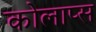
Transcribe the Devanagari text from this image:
कोलाप्स